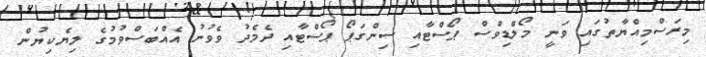
މިރަސްމިއްޔާތުގައި ވަނީ މޯލްޑިވްސް ޕޯސްޓާއި ސިންގަޕޯ ޕޯސްޓާއި ދެމެދު ވެވުނު އެއްބަސްވުމުގެ ލިޔެކިޔުން